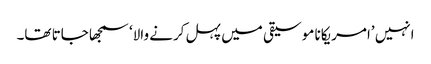
انہیں ’امریکانا موسیقی میں پہل کرنے والا‘ سمجھا جاتا تھا۔